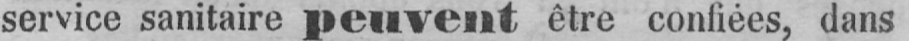
service sanitaire peuvent être confiées, dans